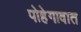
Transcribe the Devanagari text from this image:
पोहेगावात